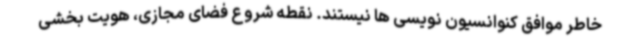
خاطر موافق کنوانسیون نویسی ها نیستند. نقطه شروع فضای مجازی، هویت بخشی